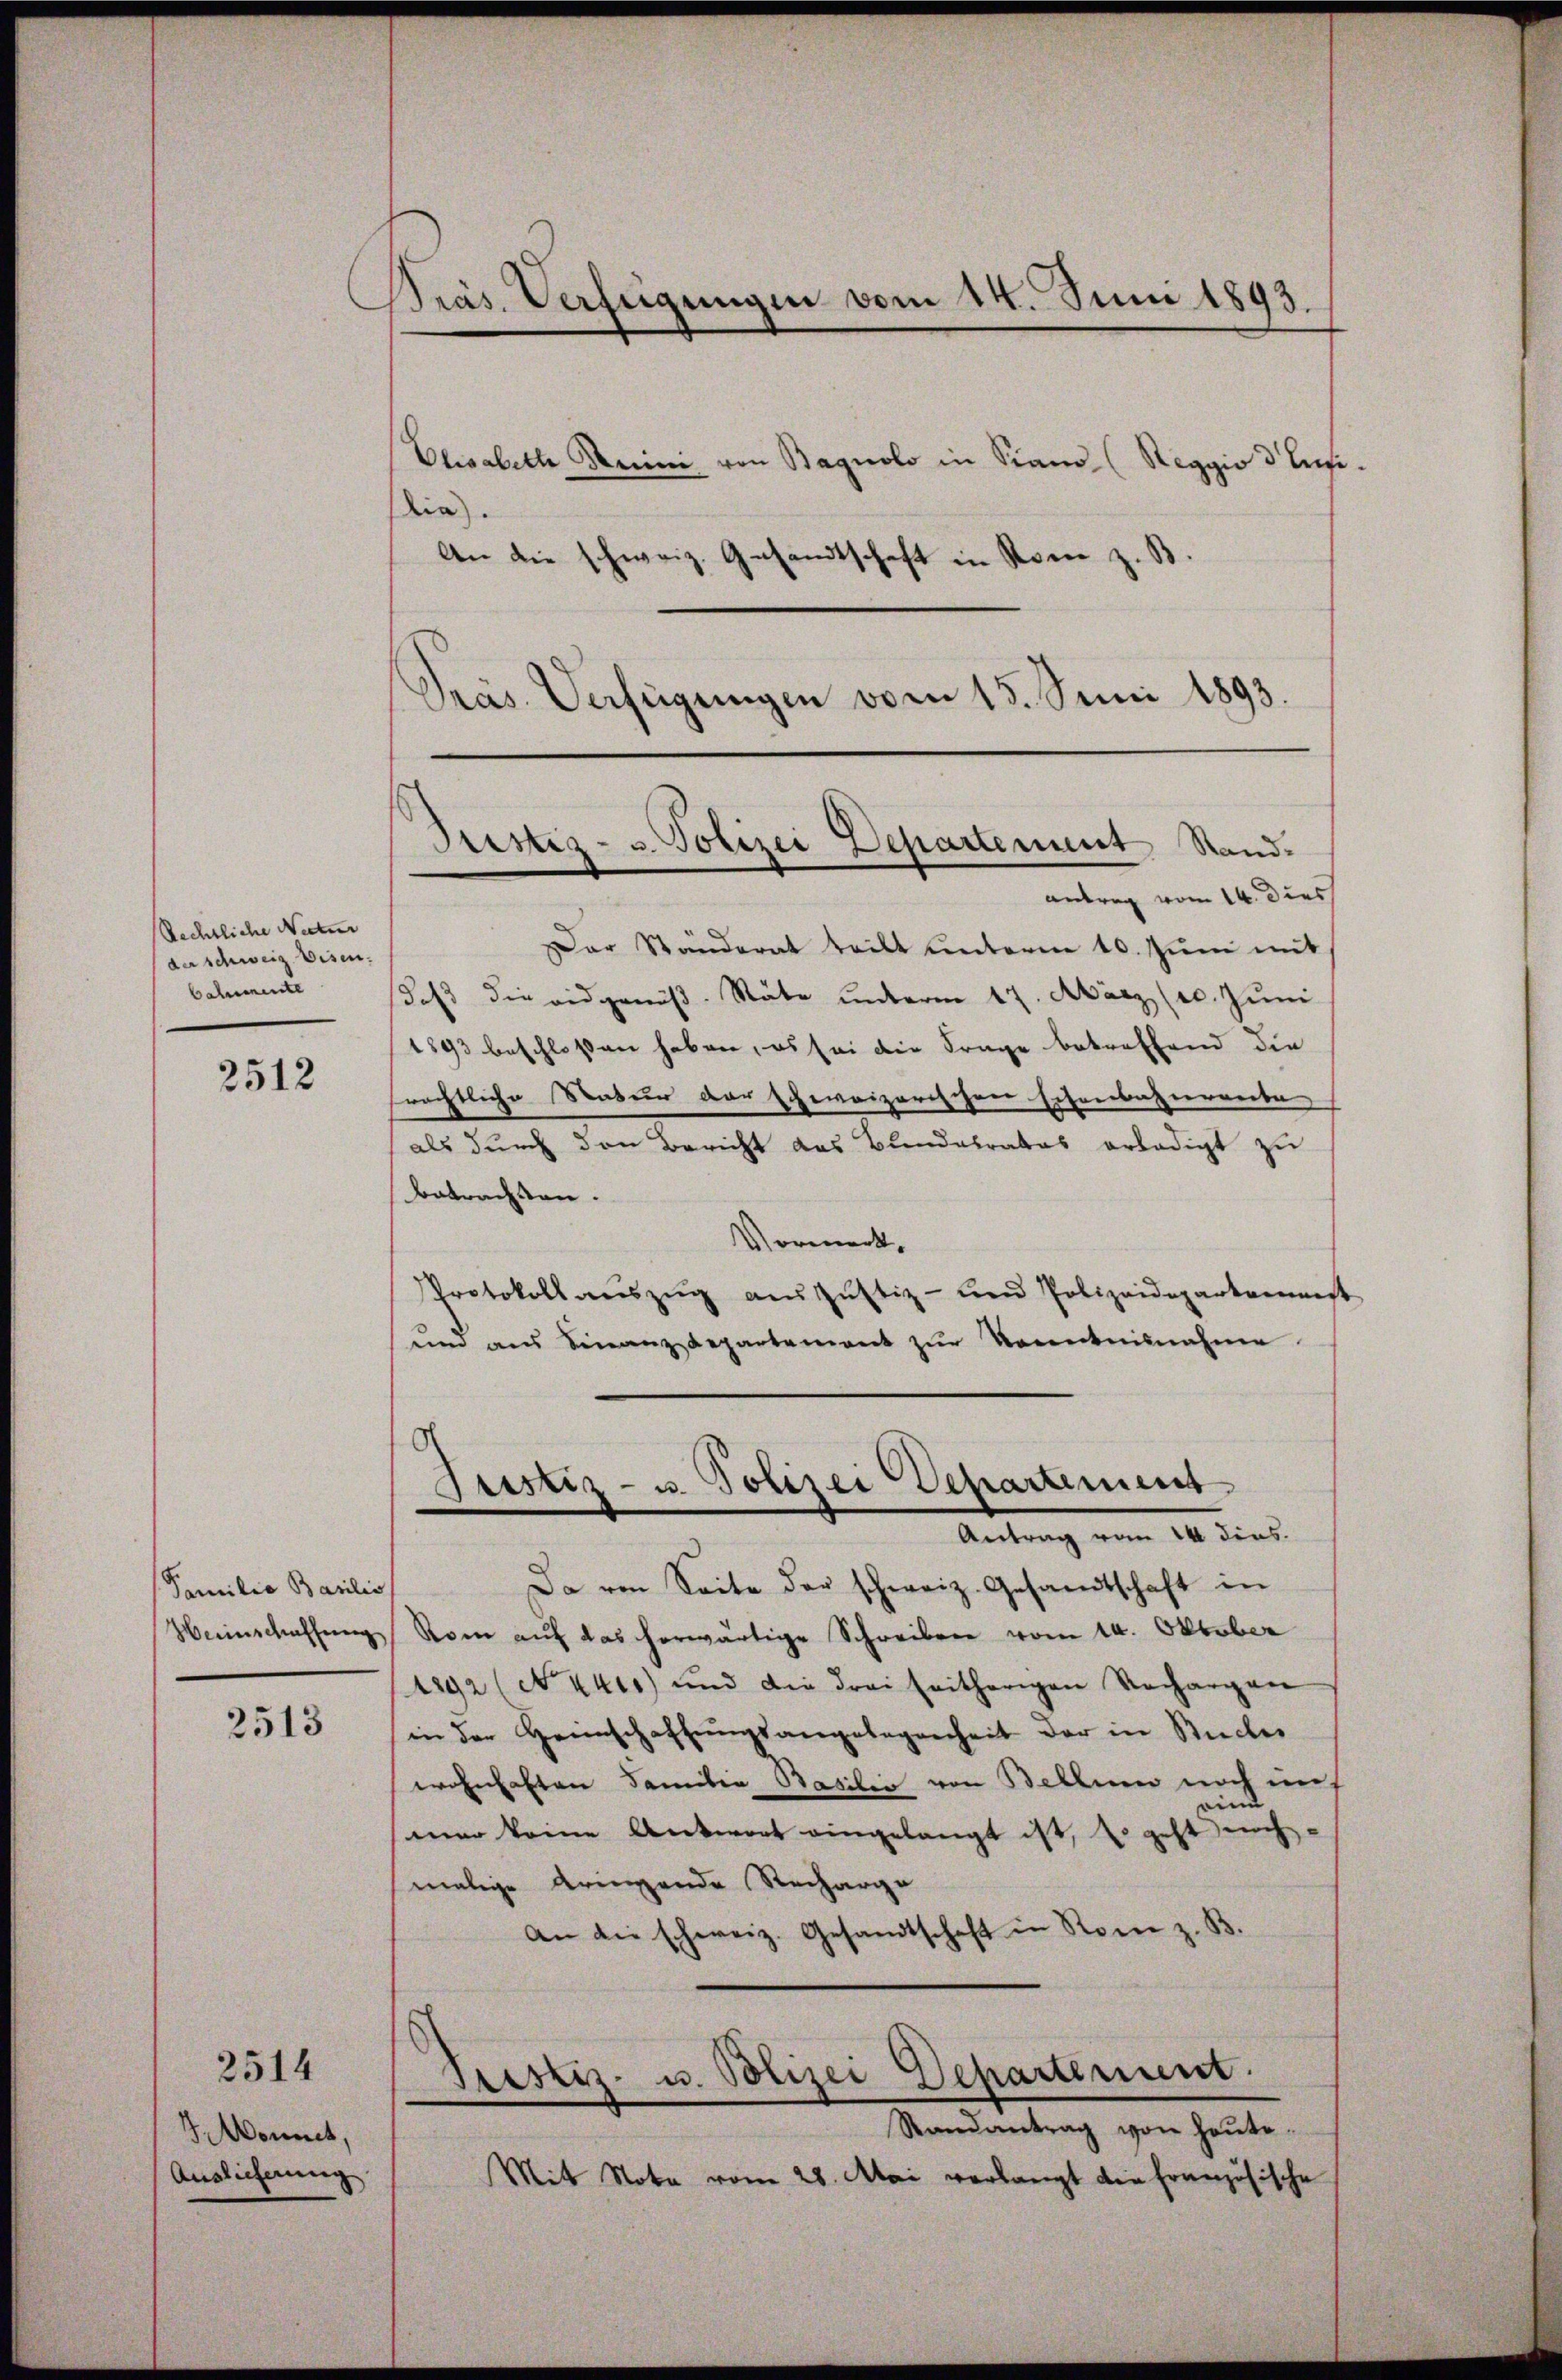
2512

2513

Monnet,
Auslieferung

2514

Präs. Verfügungen vom 14. Juni 1893.
Elisabeth Brini von Bagnolo in Stand (Reggio 3 Lefe.
ia).
An die schweiz. Gesandtschaft in Rom z. B.

Rechtliche Natur
der schweiz. Eisen.
Calemente

Familie Basilis
Herinschaffung

Präs. Verfügungen vom 15. Juni 1893.

Justiz- u. Polizei Departement Standantrag vom 14. dies

Justiz- u. Polizei Departement
Antrag von 10. dies

Dar Ständerat teilt unterm 10. Jŭni mit
daβ die eidgenöβ. Stäte ŭnterm 17. März (c. Jŭni
1893 beschloßen haben, es sei die Frage betreffend die
rechtliche Natur der schweizerischen Eisenbahnerrate
als durch den Bericht das Bundesrates erledigt zu
Betrachsen.
Vormerk¬
Protokoll aŭszŭg aŭszŭstiz- und Polizeidepartemenst
und aus Finanzdepartement zur Kenntnisnahme
Da von Seite der schweiz. Gesandtschaft in
Roen auf das herwärtige Schreiben vom 14. Oktober
1892 (N. 441) und die drei seitherigen Nachargen
in der Heimschaffungsangelegenheit der in Stücker
wohnhaften Familia Basilio von Bellien noch nich
mer keine Antwort eingelangt ist, s. geht noch
malige bringende Recharge
An die schweiz. Gesandtschaft in Rom z. B.
Prestiz- u. Polizei Departement.
Randantrag von heute.
Mit Nota vom 28. Mai verlangt die französische